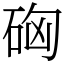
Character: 𥒚